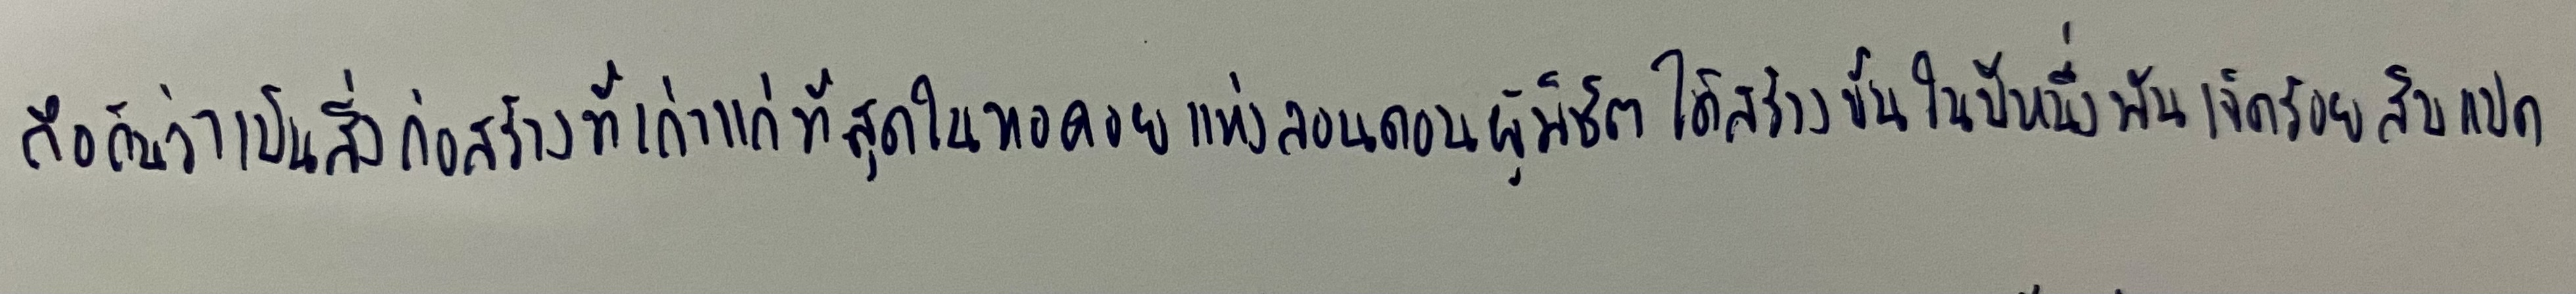
ถือกันว่าเป็นสิ่งก่อสร้างที่เก่าแก่ที่สุดในหอคอยแห่งลอนดอนผู้พิชิตได้สร้างขึ้นในปีหนึ่งพันเจ็ดร้อยสิบแปด